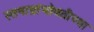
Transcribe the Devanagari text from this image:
स्तनाग्रांभोवतीच्या